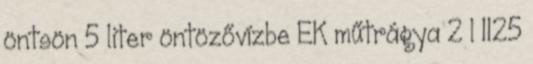
öntsön 5 liter öntözővízbe EK műtrágya 2 l 1125